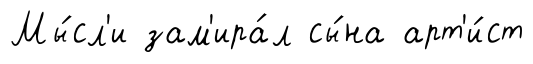
Мы́сл'и зам'ира́л сы́на арт'и́ст